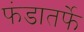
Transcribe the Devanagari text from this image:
फंडातर्फे